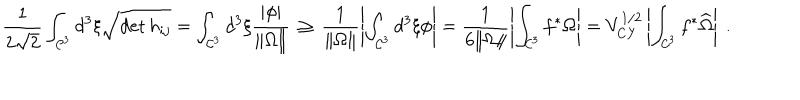
{ \frac { 1 } { 2 \sqrt { 2 } } } \int _ { { \cal C } ^ { 3 } } d ^ { 3 } \xi \sqrt { \det h _ { i j } } = \int _ { { \cal C } ^ { 3 } } d ^ { 3 } \xi \frac { | \phi | } { \| \Omega \| } \, \geq \, \frac { 1 } { \| \Omega \| } \left| \int _ { { \cal C } ^ { 3 } } d ^ { 3 } \xi \phi \right| = \frac { 1 } { 6 \| \Omega \| } \left| \int _ { { \cal C } ^ { 3 } } f ^ { * } \Omega \right| = V _ { \mathrm { C Y } } ^ { 1 / 2 } \left| \int _ { { \cal C } ^ { 3 } } f ^ { * } \widehat { \Omega } \right| \ .